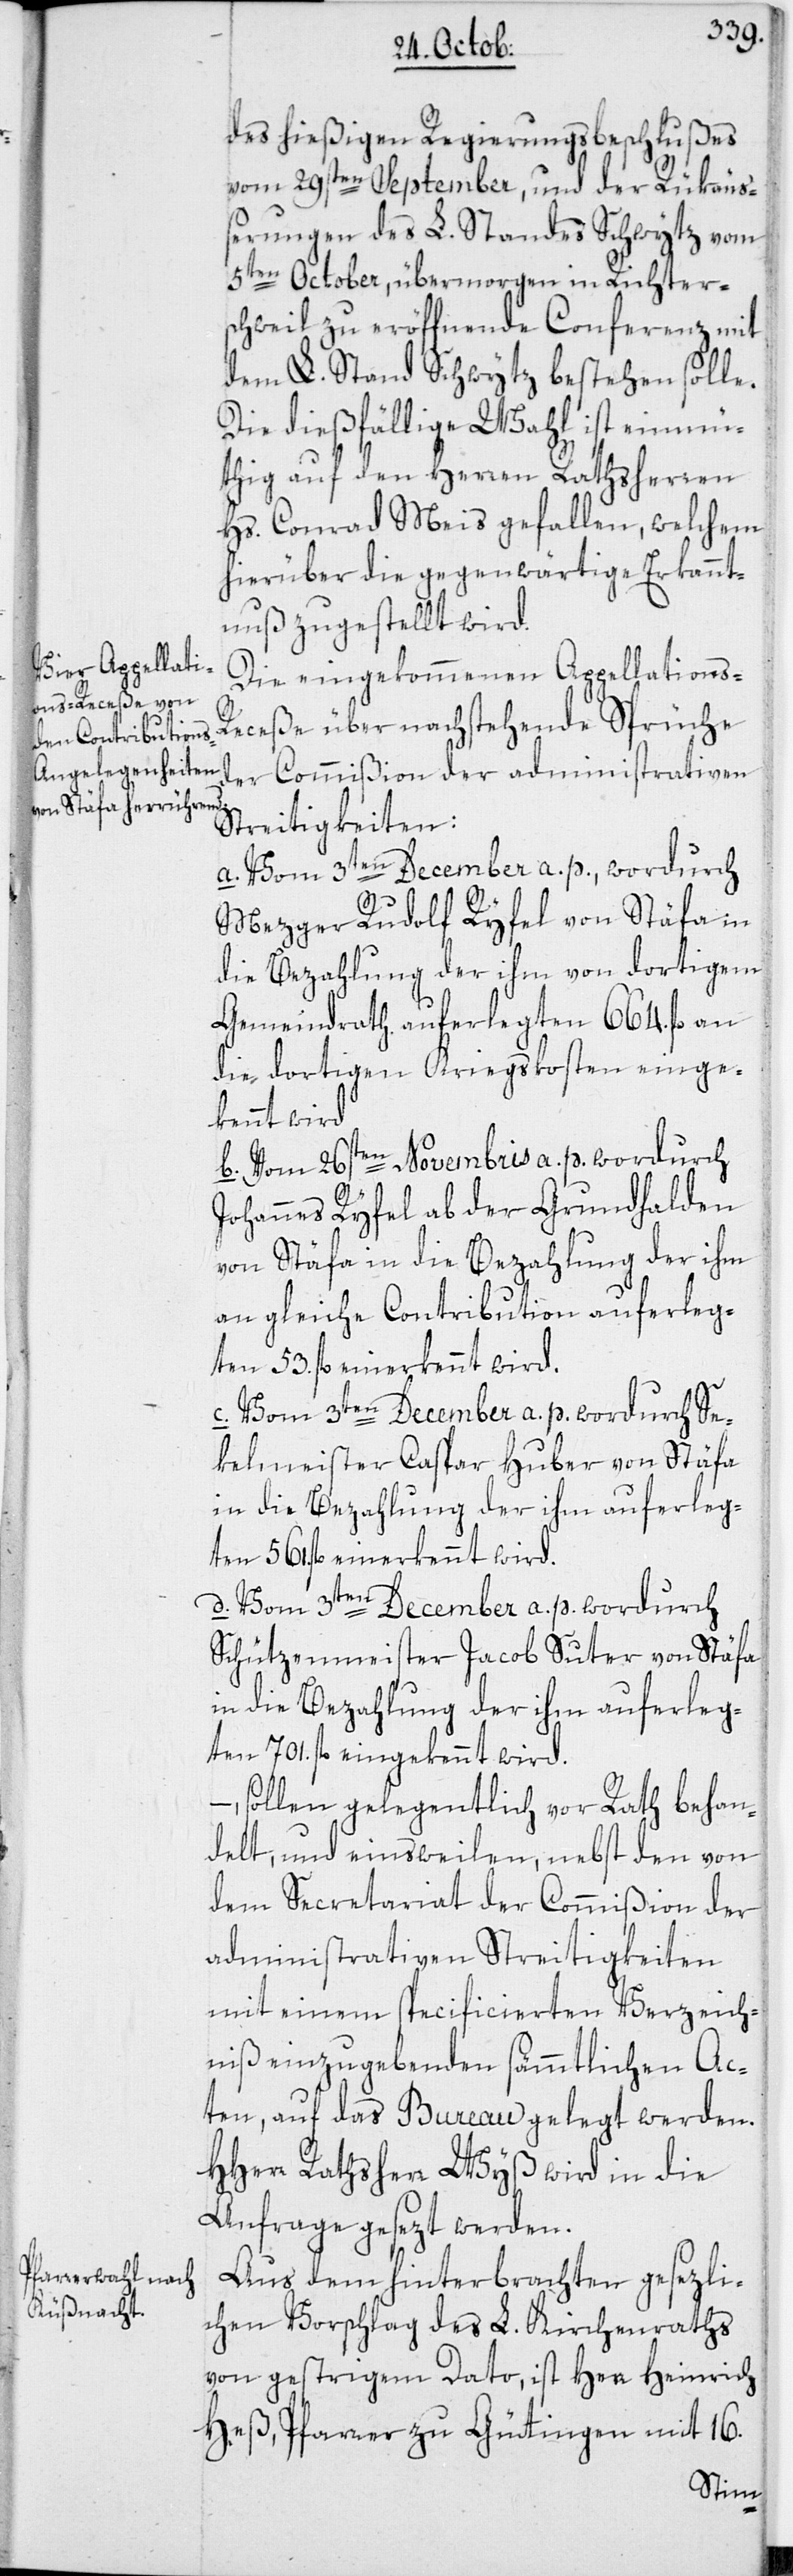
des hießigen Regierungsbeschlußes
vom 29sten September, und der Rükäuß¬
erungen des L. Standes Schwytz vom
5ten October, übermorgen in Richter¬
schweil zu eröffnende Conferenz mit
dem L. Stand Schwytz bestehen solle.
Die dießfällige Wahl ist einmü¬
thig auf den Herren Rathsherren
Hs. Conrad Meis gefallen, welchem
hierüber die gegenwärtige Erkannt¬
nuß zugestellt wird.
Die eingekommenen Appellations-R¬
eceße über nachstehende Sprüche
der Commißion der administrativen
Streitigkeiten:
a. Vom 3ten December a. p., wordurch
Mezger Rudolf Ryfel von Stäfa in
die Bezahlung der ihm von dortigem
Gemeindrath auferlegten 664. fl. an
die dortigen Kriegskosten einge¬
kennt wird.
b. Vom 26sten Novembris a. p., wordurch
Johannes Ryfel ab der Grundhalden
von Stäfa in die Bezahlung der ihm
an gleiche Contribution auferleg¬
c. Vom 3ten December a. p. wordurch Se¬
kelmeister Caspar Huber von Stäfa
in die Bezahlung der ihm auferleg¬
ten 561. fl. einerkennt wird.
d. Vom 3ten December a. p. wordurch
Schützenmeister Jacob Suter von Stäfa
in die Bezahlung der ihm auferleg¬
ten 701. fl. eingekennt wird.
sollen gelegentlich vor Rath behan¬
delt, und einsweilen, nebst den von
dem Secretariat der Commißion der
administrativen Streitigkeiten
mit einem specificierten Verzeich¬
niß einzugebenden sämmtlichen Ac¬
ten, auf das Bureau gelegt werden.
HHerr Rathsherr Wyß wird in die
Anfrage gesezt werden.
Aus dem hinterbrachten gesezli¬
chen Vorschlag des L. Kirchenraths
von gestrigem Dato, ist Herr Heinrich
Heß, Pfarrer zu Güttingen mit 16.